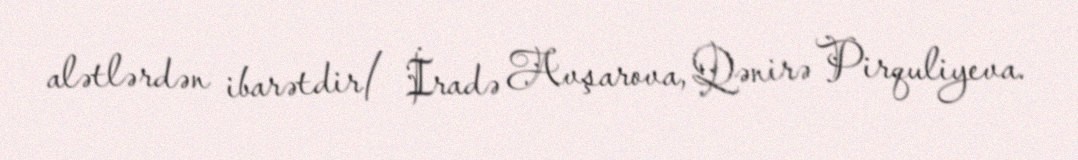
alətlərdən ibarətdir/ İradə Avşarova, Qənirə Pirquliyeva.